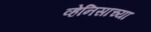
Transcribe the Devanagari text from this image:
व्हेनिसाच्या